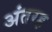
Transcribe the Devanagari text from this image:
अंतरह